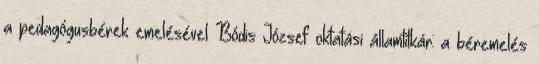
a pedagógusbérek emelésével Bódis József oktatási államtitkár: a béremelés